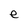
Character: e